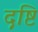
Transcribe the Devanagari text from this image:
द़ष्टि